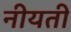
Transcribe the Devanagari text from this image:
नीयती